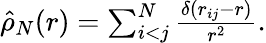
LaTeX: \begin{array}{r}{\hat{\rho}_{N}(r)=\sum_{i<j}^{N}\frac{\delta(r_{ij}-r)}{r^{2}}.}\end{array}